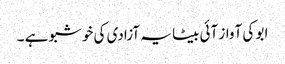
ابو کی آواز آئی بیٹا یہ آزادی کی خوشبو ہے ۔